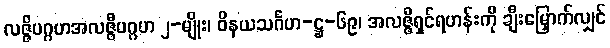
လဇ္ဇိပဂ္ဂဟအလဇ္ဇီပဂ္ဂဟ ၂-မျိုး၊ ဝိနယသင်္ဂဟ-ဋ္ဌ-၆၉၊ အလဇ္ဇီရှင်ရဟန်းကို ချီးမြှောက်လျှင်